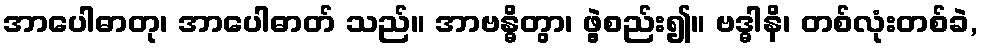
အာပေါဓာတု၊ အာပေါဓာတ် သည်။ အာဗန္ဓိတွာ၊ ဖွဲ့စည်း၍။ ဗဒ္ဓါနိ၊ တစ်လုံးတစ်ခဲ,